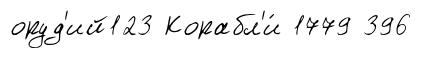
оруд'ий123 Корабл'и́ 1779 396